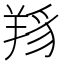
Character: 𦎋